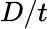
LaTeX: D/t